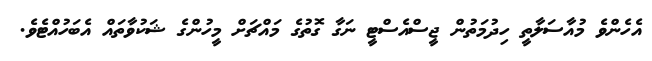
އެހެންވެ މުއާސަލާތީ ހިދުމަތުން ޖީސްއެސްޓީ ނަގާ ގޮތުގެ މައްޗަށް މީހުންގެ ޝަކުވާތައް އެބަހުއްޓެވެ.